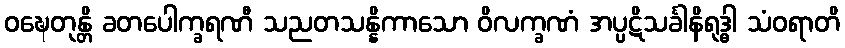
ဝဍ္ဎေတုန္တိ ခတပေါက္ခရဏီ သညတသန္နိကာသော ဝိလက္ခဏံ အပ္ပဋိသင်္ခါနိရုဒ္ဓါ သံဝရာတိ